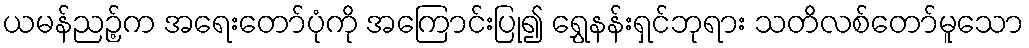
ယမန်ညဉ့်က အရေးတော်ပုံကို အကြောင်းပြု၍ ရွှေနန်းရှင်ဘုရား သတိလစ်တော်မူသော